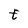
Character: t